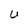
Character: U